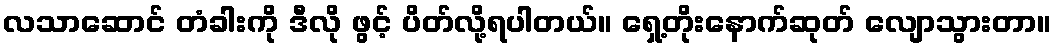
လသာဆောင် တံခါးကို ဒီလို ဖွင့် ပိတ်လို့ရပါတယ်။ ရှေ့တိုးနောက်ဆုတ် လျောသွားတာ။